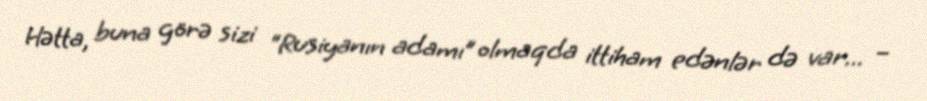
Hətta, buna görə sizi “Rusiyanın adamı” olmaqda ittiham edənlər də var... –